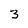
Character: 3